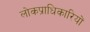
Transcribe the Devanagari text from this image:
लोकप्राधिकारियों